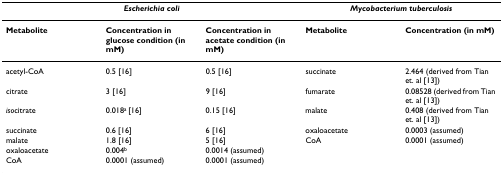
<table><thead><tr><td colspan="3"><b><i>Escherichia coli</i></b></td><td colspan="2"><b><i>Mycobacterium tuberculosis</i></b></td></tr></thead><tbody><tr><td><b>Metabolite</b></td><td><b>Concentration in glucose condition (in mM)</b></td><td><b>Concentration in acetate condition (in mM)</b></td><td><b>Metabolite</b></td><td><b>Concentration (in mM)</b></td></tr><tr><td>acetyl-CoA</td><td>0.5 [16]</td><td>0.5 [16]</td><td>succinate</td><td>2.464 (derived from Tian et. al [13])</td></tr><tr><td>citrate</td><td>3 [16]</td><td>9 [16]</td><td>fumarate</td><td>0.08528 (derived from Tian et. al [13])</td></tr><tr><td><i>iso</i>citrate</td><td>0.018<sup>a </sup>[16]</td><td>0.15 [16]</td><td>malate</td><td>0.408 (derived from Tian et. al [13])</td></tr><tr><td>succinate</td><td>0.6 [16]</td><td>6 [16]</td><td>oxaloacetate</td><td>0.0003 (assumed)</td></tr><tr><td>malate</td><td>1.8 [16]</td><td>5 [16]</td><td>CoA</td><td>0.0001 (assumed)</td></tr><tr><td>oxaloacetate</td><td>0.004<sup>b</sup></td><td>0.0014 (assumed)</td><td></td><td></td></tr><tr><td>CoA</td><td>0.0001 (assumed)</td><td>0.0001 (assumed)</td><td></td><td></td></tr></tbody></table>